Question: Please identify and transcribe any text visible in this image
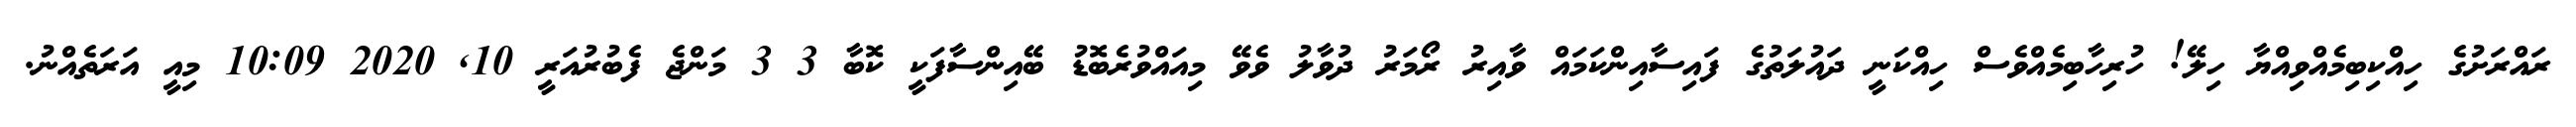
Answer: ރައްރަށުގެ ހިއްކިބިމެއްވިއްޔާ ހިލޭ! ހުރިހާބިމެއްވެސް ހިއްކަނީ ދައުލަތުގެ ފައިސާއިންކަމައް ވާއިރު ރޯމަރު ދުވާލު ވެވޭ މިއައްވުރެބޮޑު ބޭއިންސާފަކީ ކޮބާ 3 3 މަންޖެ ފެބުރުއަރީ 10, 2020 10:09 މިއީ އަރަތެއްނު.